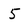
Character: 5